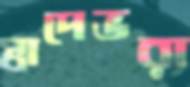
স্বাদেভরা